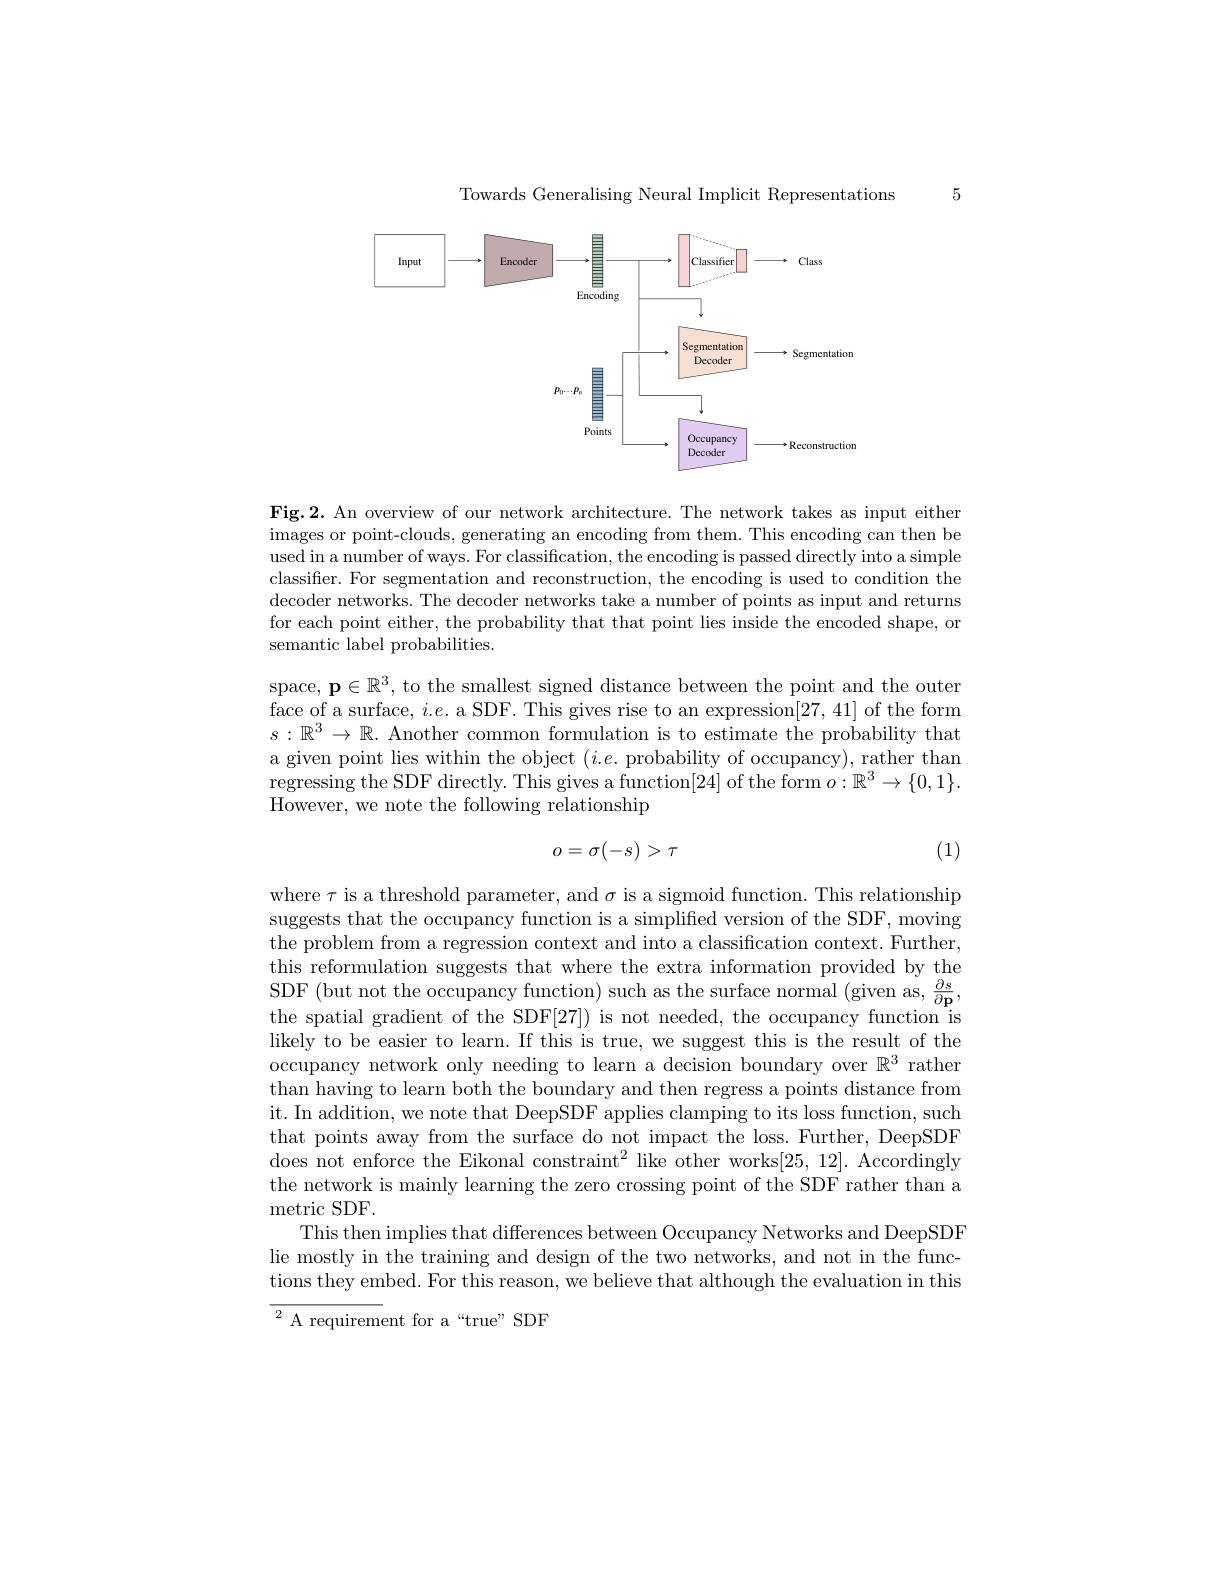
Towards Generalising Neural Implicit Representations

5

<FigureHere>

Fig.2. An overview of our network architecture. The network takes as input either images or point-clouds, generating an encoding from them. This encoding can then be used in a number of ways. For classification, the encoding is passed directly into a simple classifier. For segmentation and reconstruction, the encoding is used to condition the decoder networks. The decoder networks take a number of points as input and returns for each point either, the probability that that point lies inside the encoded shape, or semantic label probabilities.
space, $\mathbf{p}\in\mathbb{R}^3$, to the smallest signed distance between the point and the outer face of a surface, $i.e.$ a SDF. This gives rise to an expression[27,41] of the form $s:\mathbb{R}^3\to\mathbb{R}.$ Another common formulation is to estimate the probability that a given point lies within the object $(i.e.$ probability of occupancy), rather than regressing the SDF directly. This gives a function[24] of the form $o:\mathbb{R}^3\to\{0,1\}.$ However, we note the following relationship

(1)
$$o=\sigma(-s)>\tau $$
where $\tau$ is a threshold parameter, and $\sigma$ is a sigmoid function. This relationship suggests that the occupancy function is a simpliffed version of the SDF, moving the problem from a regression context and into a classification context. Further, this reformulation suggests that where the extra information provided by the likely to be easier to learn. If this is true, we suggest this is the result of the occupancy network only needing to learn a decision boundary over $\mathbb{R}^3$ rather than having to learn both the boundary and then regress a points distance from it. In addition, we note that DeepSDF applies clamping to its loss function, such that points away from the surface do not impact the loss. Further, DeepSDF does not enforce the Eikonal constraint$^2$ like other works[25,12]. Accordingly the network is mainly learning the zero crossing point of the SDF rather than a metric SDF.
This then implies that differences between Occupancy Networks and DeepSDF lie mostly in the training and design of the two networks, and not in the functions they embed. For this reason, we believe that although the evaluation in this

${\overline{{^2}\text{A requirement for a“true”SDF}}}$